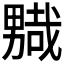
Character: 𭻮